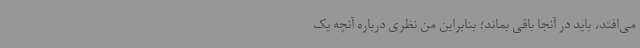
می‌افتد، باید در آنجا باقی بماند؛ بنابراین من نظری درباره آنچه یک